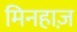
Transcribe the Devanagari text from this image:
मिनहाज़